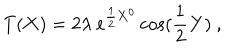
LaTeX: T ( { \bf X } ) = 2 \lambda ~ e ^ { { \frac { 1 } { 2 } } { \bf X } ^ { 0 } } \cos ( { \frac { 1 } { 2 } } { \bf Y } ) ~ ,